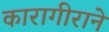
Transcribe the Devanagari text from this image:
कारागीराने